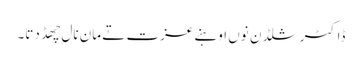
ڈاکٹر شلڈن نوں اوہنے عزت تے مان نال چھڈ دتا۔